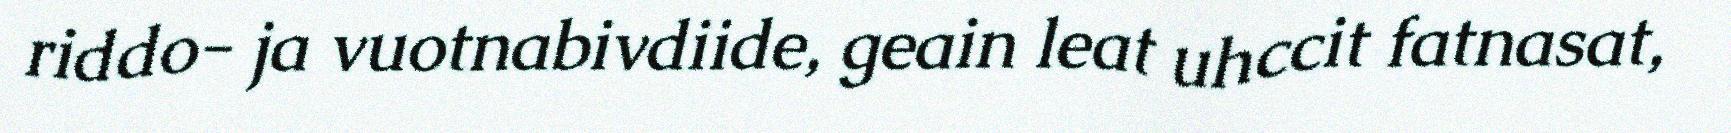
riddo- ja vuotnabivdiide, geain leat uhccit fatnasat,